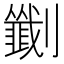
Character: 𫦟